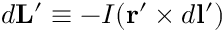
d \mathbf { L } ^ { \prime } \equiv - I ( \mathbf { r } ^ { \prime } \times d \mathbf { l } ^ { \prime } )